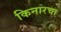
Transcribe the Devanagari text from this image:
किनारचा